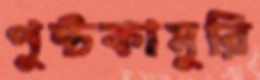
পুষ্টকামুরি